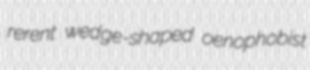
rerent wedge-shaped oenophobist